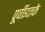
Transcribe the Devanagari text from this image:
पूर्वीइतके